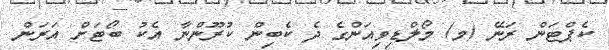
ކެޕްޓަން ރަނޭ (މ) މޯލްޑިވިއަންގެ ދެ ކެބިން ކުރޫންނާ އެކު ބޯޓަށް އަރަން